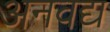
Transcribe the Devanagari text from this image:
अनवद्य